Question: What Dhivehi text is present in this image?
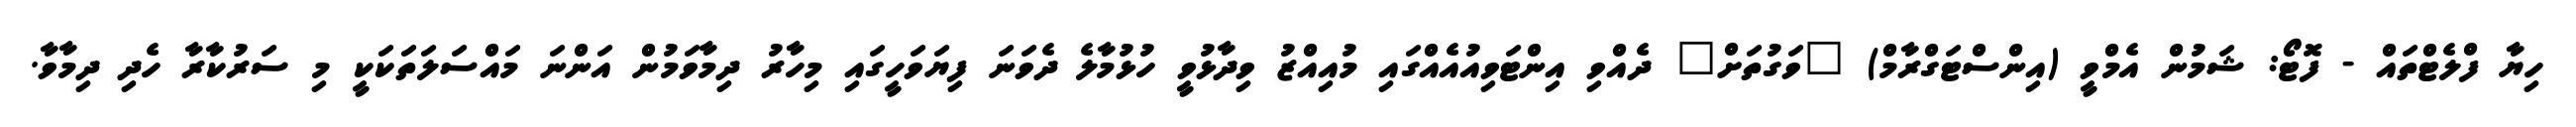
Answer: ހިޔާ ފްލެޓްތައް - ފޮޓޯ: ޝަމުން އެމްވީ (އިންސްޓަގްރާމް) "ވަގުތަށް" ދެއްވި އިންޓަވިއުއެއްގައި މުއިއްޒު ވިދާޅުވީ ހުޅުމާލެ ދެވަނަ ފިޔަވަހީގައި މިހާރު ދިމާވަމުން އަންނަ މައްސަލަތަކަކީ މި ސަރުކާރާ ހެދި ދިމާވާ.